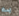
به